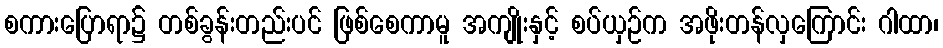
စကားပြောရာ၌ တစ်ခွန်းတည်းပင် ဖြစ်စေကာမူ အကျိုးနှင့် စပ်ယှဉ်က အဖိုးတန်လှကြောင်း ဂါထာ၊